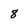
Character: 8